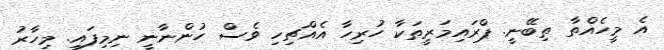
އެ މީހެއްތާ ތިބޭނީ. ޕްރައިމަރީތަކާ ހުރިހާ އެއްޗިހި ވެސް ހުންނާނީ ނިމިފައި. މިހާރު